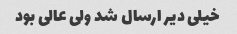
خیلی دیر ارسال شد ولی عالی بود